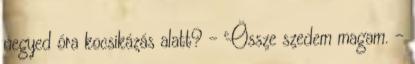
negyed óra kocsikázás alatt? - Össze szedem magam. -